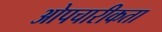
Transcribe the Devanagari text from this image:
ओपचारीकता